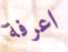
اعرفة